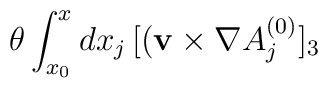
\theta \int_{x_0}^x dx_j \,[({\bf v}\times \nabla A^{(0)}_j]_3